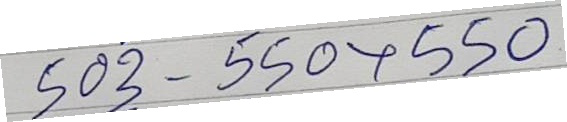
503 - 550x550